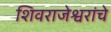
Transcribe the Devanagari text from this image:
शिवराजेश्वरांचे